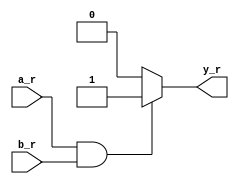
module and_REF(
    output reg y_r,
    input a_r,b_r
);
always @(*)
begin
   if(a_r == 1 && b_r == 1) y_r=1;
   else                     y_r=0; 
end
endmodule